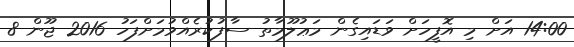
14:00 އަށް މި އޮފީހަށް ވަޑައިގެން މަޢުލޫމާތު ސާފުކުރެއްވުމަށްފަހު 2016 ޖޫން 8